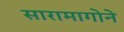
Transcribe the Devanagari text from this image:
सारामागोने